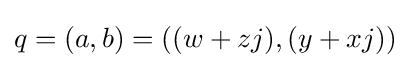
q=(a,b)=((w+zj),(y+xj))